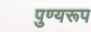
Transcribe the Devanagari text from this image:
पुण्यरूप